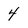
Character: 4